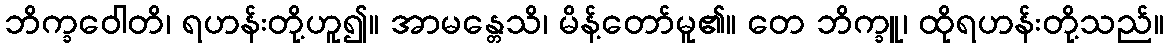
ဘိက္ခဝေါတိ၊ ရဟန်းတို့ဟူ၍။ အာမန္တေသိ၊ မိန့်တော်မူ၏။ တေ ဘိက္ခူ၊ ထိုရဟန်းတို့သည်။